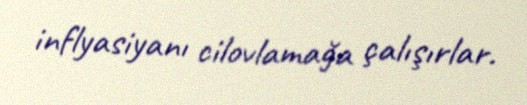
inflyasiyanı cilovlamağa çalışırlar.